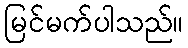
မြင်မက်ပါသည်။